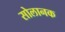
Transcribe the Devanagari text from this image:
सोलानक